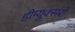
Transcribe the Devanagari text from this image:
डीम्युक्सरों